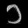
Digit: ၁